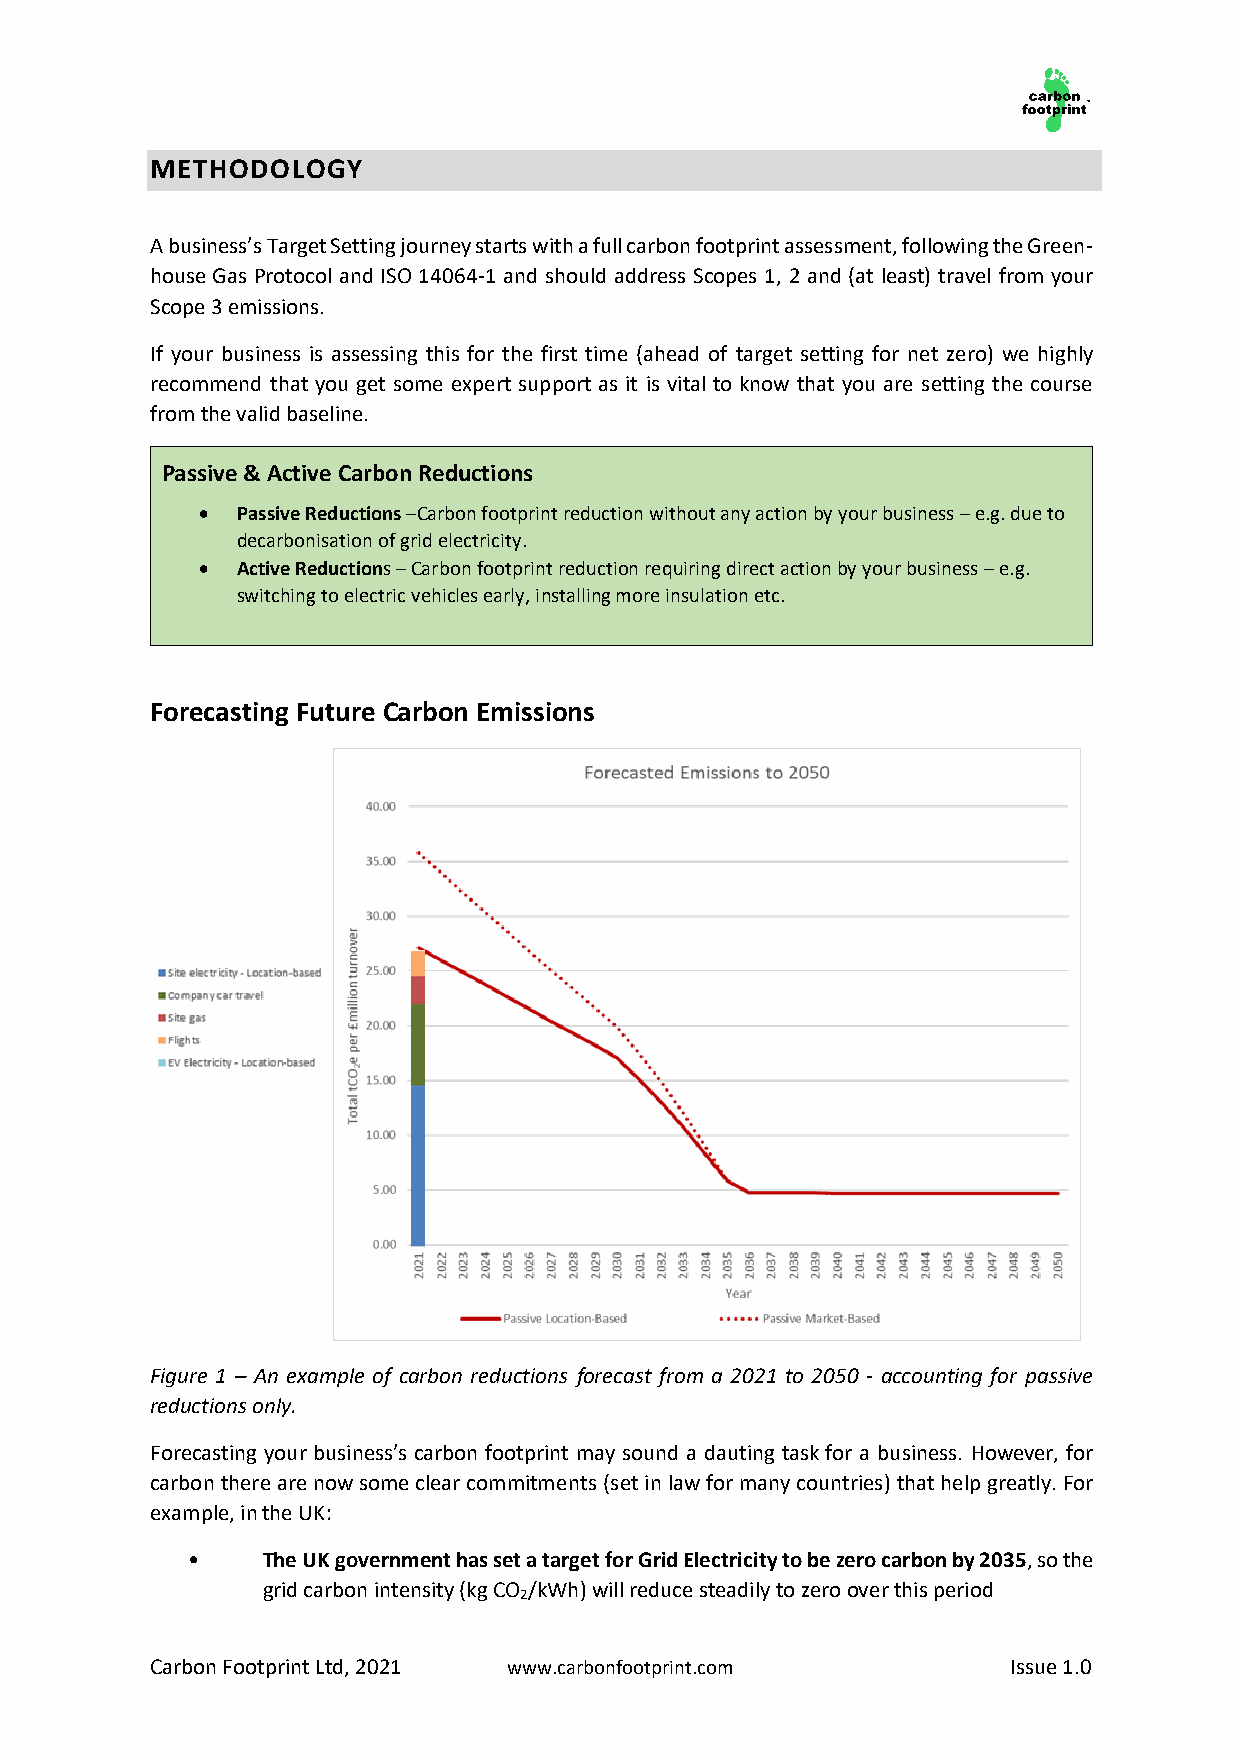
METHODOLOGY
 A business’s Target Setting journey starts with a full carbon footprint assessment, following the Green-
 house Gas Protocol and ISO 14064-1 and should address Scopes 1, 2 and (at least) travel from your
 Scope 3 emissions.
 If your business is assessing this for the first time (ahead of target setting for net zero) we highly
 recommend that you get some expert support as it is vital to know that you are setting the course
 from the valid baseline.
 Passive & Active Carbon Reductions
 •  Passive Reductions –Carbon footprint reduction without any action by your business – e.g. due to
 decarbonisation of grid electricity.
 •  Active Reductions – Carbon footprint reduction requiring direct action by your business – e.g.
 switching to electric vehicles early, installing more insulation etc.
 Forecasting Future Carbon Emissions
 Figure 1 – An example of carbon reductions forecast from a 2021 to 2050 - accounting for passive
 reductions only.
 Forecasting your business’s carbon footprint may sound a dauting task for a business. However, for
 carbon there are now some clear commitments (set in law for many countries) that help greatly. For
 example, in the UK:
 •    The UK government has set a target for Grid Electricity to be zero carbon by 2035, so the
 grid carbon intensity (kg CO /kWh) will reduce steadily to zero over this period
 2
 Carbon Footprint Ltd, 2021 www.carbonfootprint.com       Issue 1.0